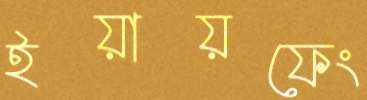
ইয়ায়ফেং